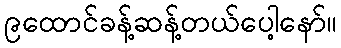
၉ထောင်ခန့်ဆန့်တယ်ပေါ့နော်။